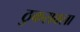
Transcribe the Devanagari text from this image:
ठुकरावला